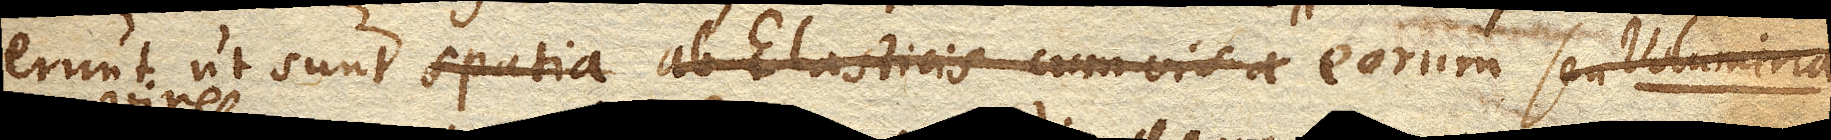
erunt ut sunt spatia ab Elasticis cum vis a eorum seu Volumina